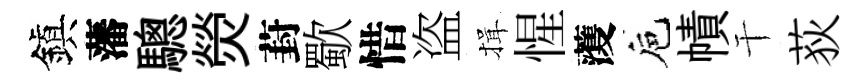
鎭藩驄熒葑歜惜盗揖惺𮑮巵幘干荻